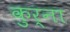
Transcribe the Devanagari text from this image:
कुर्ना